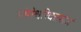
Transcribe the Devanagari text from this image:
मोगेश्वरिदत्तसंज्ञं